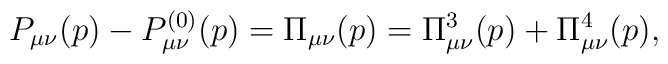
P_{\mu\nu}(p) - P^{(0)}_{\mu\nu}(p) = \Pi_{\mu\nu}(p)=\Pi^3_{\mu\nu}(p)+\Pi^4_{\mu\nu}(p),